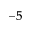
^ { - 5 }